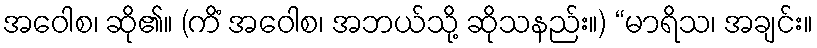
အဝေါစ၊ ဆို၏။ (ကိံ အဝေါစ၊ အဘယ်သို့ ဆိုသနည်း။) “မာရိသ၊ အချင်း။